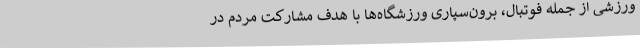
ورزشی از جمله فوتبال، برون‌سپاری ورزشگاه‌ها با هدف مشارکت مردم در